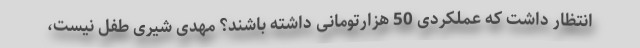
انتظار داشت که عملکردی 50 هزارتومانی داشته باشند؟ مهدی شیری طفل نیست،